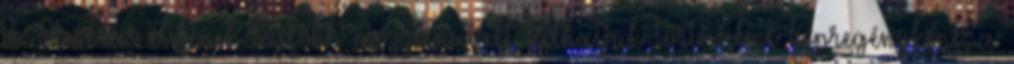
II. András életének legfőbb mozzanatait láthatjuk történelmi képregényként, a